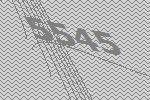
5545